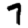
Digit: 7